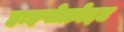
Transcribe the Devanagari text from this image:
हाइपोक्रोइट